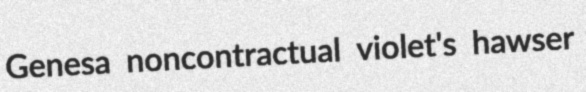
Genesa noncontractual violet's hawser